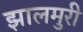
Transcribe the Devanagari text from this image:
झालमुरी